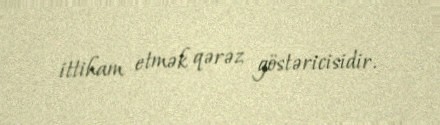
ittiham etmək qərəz göstəricisidir.